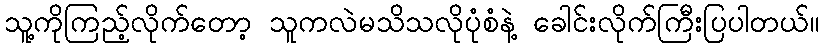
သူ့ကိုကြည့်လိုက်တော့ သူကလဲမသိသလိုပုံစံနဲ့ ခေါင်းလိုက်ကြီးပြပါတယ်။